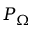
P _ { \Omega }